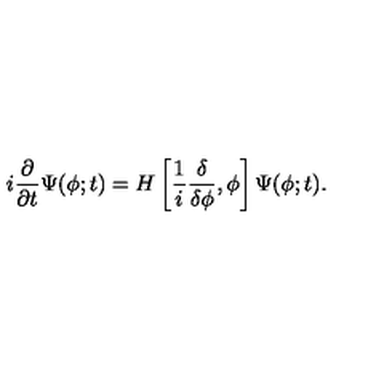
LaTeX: i \frac { \partial } { \partial t } \Psi ( \phi ; t ) = H \left[ \frac { 1 } { i } \frac { \delta } { \delta \phi } , \phi \right] \Psi ( \phi ; t ) .